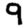
Digit: 9